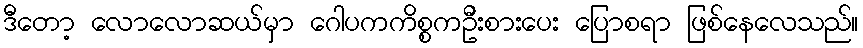
ဒီတော့ လောလောဆယ်မှာ ဂေါပကကိစ္စကဦးစားပေး ပြောစရာ ဖြစ်နေလေသည်။